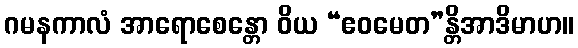
ဂမနကာလံ အာရောစေန္တော ဝိယ “ဧဝမေတ”န္တိအာဒိမာဟ။